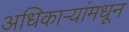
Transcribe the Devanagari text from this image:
अधिकाऱ्यांमधून